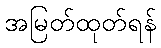
အမြတ်ထုတ်ရန်